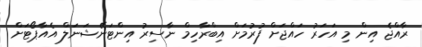
ރާއްޖެ އިން މި އަހަރު ހައްޖަށް ފުރުމަށް އިބްރާހިމް ނާސިރު އިންޓަނޭޝަނަލް އެއާޕޯޓަށް